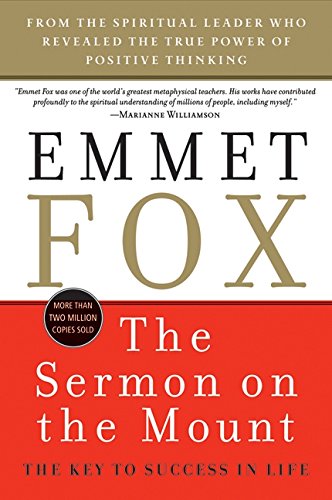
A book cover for The Sermon on the Mount: The Key to Success in Life; Emmet Fox; Literature & Fiction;